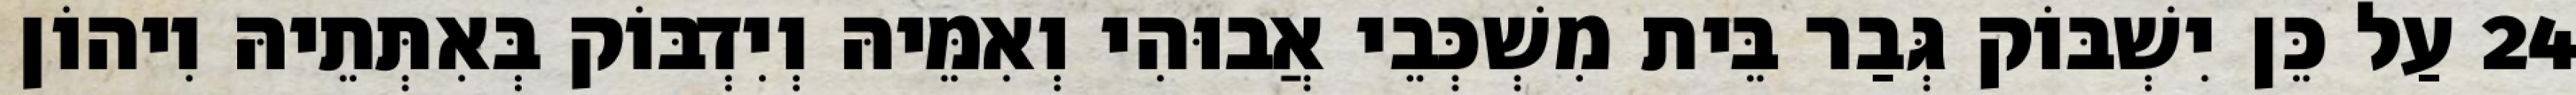
24 עַל כֵּן יִשְׁבּוֹק גְּבַר בֵּית מִשְׁכְּבֵי אֲבוּהִי וְאִמֵּיהּ וְיִדְבּוֹק בְּאִתְּתֵיהּ וִיהוֹן